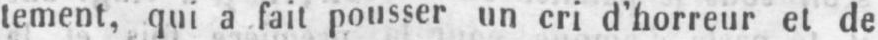
tement, qui a fait pousser un cri d’horreur et de